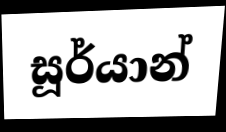
සූර්යාන්